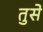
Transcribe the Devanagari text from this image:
तुसे